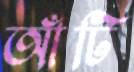
আঁটি